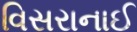
વિસરાનાઈ